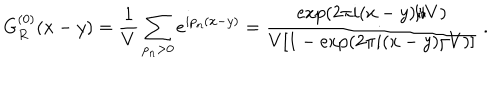
G _ { R } ^ { ( 0 ) } ( x - y ) = \frac 1 V \sum _ { p _ { n } > 0 } e ^ { i p _ { n } ( x - y ) } = \frac { \exp ( 2 \pi i ( x - y ) / V ) } { V [ 1 - \exp ( 2 \pi i ( x - y ) / V ) ] } \ .